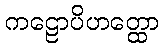
ကဠောပိဟတ္ထော